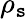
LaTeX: \rho_{\mathtt{s}}